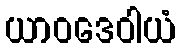
ယာဝဒေဝါယံ